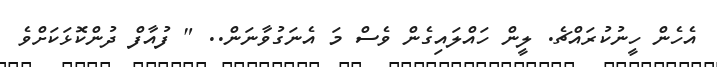
އެހެން ހީނުކުރައްޗެ. ލީން ހައްލައިގެން ވެސް މަ އެނަގުވާނަން.. " ފުއާފް ދުންކޮޅަކަށްވެ